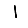
Digit: 1